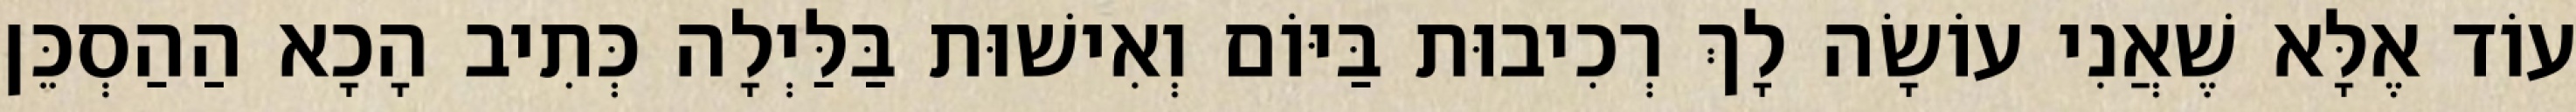
עוֹד אֶלָּא שֶׁאֲנִי עוֹשָׂה לָךְ רְכִיבוּת בַּיּוֹם וְאִישׁוּת בַּלַּיְלָה כְּתִיב הָכָא הַהַסְכֵּן